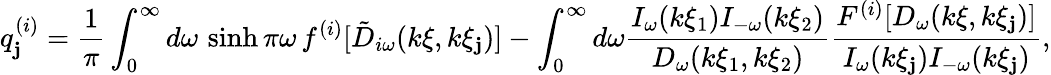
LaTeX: q_{\mathbf{j}}^{(i)}=\frac{{1}}{{\pi}}\int_{0}^{\infty}d\omega\, \sinh\pi\omega\, f^{(i)}[\tilde{{D}}_{i\omega}(k\xi,k\xi_{\mathbf{j}})]-\int_{0}^{\infty}d\omega\frac{{I_{\omega}(k\xi_{1})I_{-\omega}(k\xi_{2})}}{{D_{\omega}(k\xi_{1},k\xi_{2})}}\frac{{F^{(i)}[D_{\omega}(k\xi,k\xi_{\mathbf{j}})]}}{{I_{\omega}(k\xi_{\mathbf{j}})I_{-\omega}(k\xi_{\mathbf{j}})}},